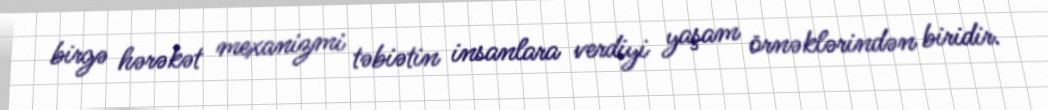
birgə hərəkət mexanizmi təbiətin insanlara verdiyi yaşam örnəklərindən biridir.